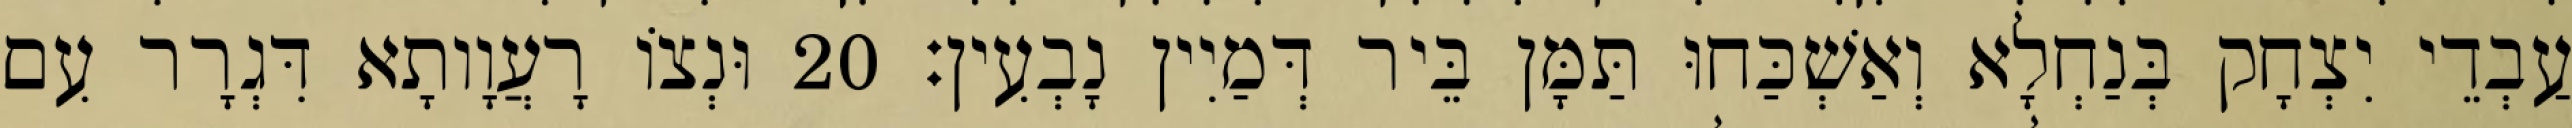
עַבְדֵי יִצְחָק בְּנַחְלָא וְאַשְׁכַּחוּ תַּמָּן בֵּיר דְּמַיִין נָבְעִין׃ 20 וּנְצוֹ רָעֲוָותָא דִּגְרָר עִם